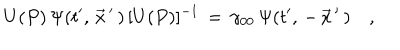
LaTeX: U ( P ) \, \Psi ( t ^ { \prime } , \, \vec { x } \, ^ { \prime } \, ) \, [ U ( P ) ] ^ { - 1 } \, = \, \gamma _ { 0 0 } \, \Psi ( t ^ { \prime } , \, - \, \vec { x } \, ^ { \prime } \, ) \quad ,